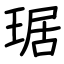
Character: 琚